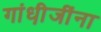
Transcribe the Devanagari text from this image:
गांधी़जींना